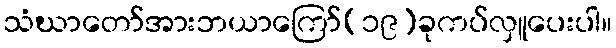
သံဃာတော်အားဘယာကြော်(၁၉)ခုကပ်လှူပေးပါ။